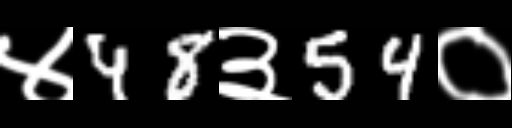
Text: ४48३54०